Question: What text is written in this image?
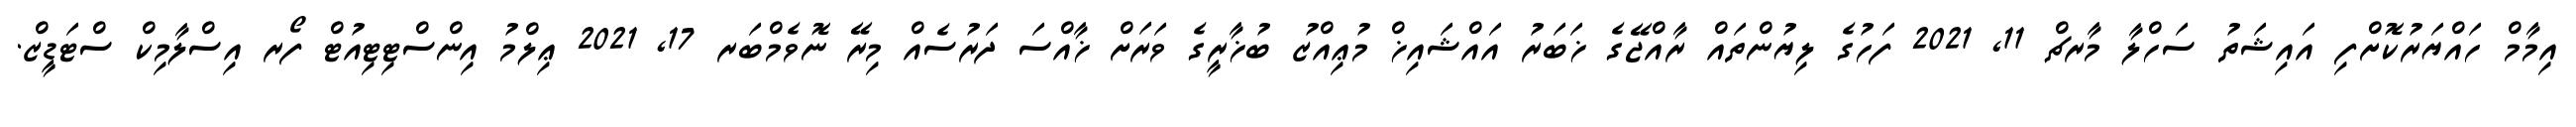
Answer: އިމާމް ހައްޔަރުކޮށްފި އައިޝަތު ސަހްލާ މާރޗް 11, 2021 ފަހުގެ ލިޔުންތައް ރާއްޖޭގެ ޚަބަރު އައްޝައިޚް މުޢިއްޒު ބުޚާރީގެ ވަރަށް ޚާއްސަ ދަރުސެއް މިރޭ ނޮވެމްބަރ 17, 2021 ޢިލްމު އިންސްޓިޓިއުޓް ފޯރ އިސްލާމިކް ސްޓަޑީޒް.